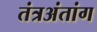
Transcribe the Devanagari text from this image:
तंत्रअंतांग